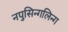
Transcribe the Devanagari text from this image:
नपुसिन्गलिन्ग